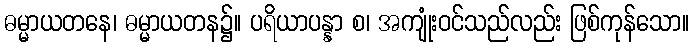
ဓမ္မာယတနေ၊ ဓမ္မာယတန၌။ ပရိယာပန္နာ စ၊ အကျုံးဝင်သည်လည်း ဖြစ်ကုန်သော။